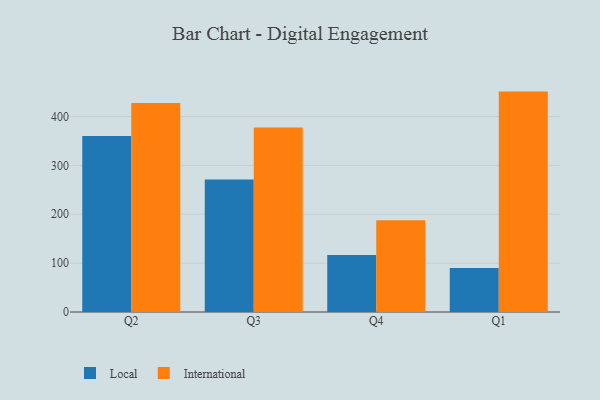
{"axis": {"x": "Quarter", "y": "Energy Usage (MWh)"}, "legend": ["International", "Local"], "data": [{"x": "Q2", "y": 360.2, "type": "Local"}, {"x": "Q2", "y": 427.9, "type": "International"}, {"x": "Q3", "y": 271.1, "type": "Local"}, {"x": "Q3", "y": 377.4, "type": "International"}, {"x": "Q4", "y": 116.7, "type": "Local"}, {"x": "Q4", "y": 187.8, "type": "International"}, {"x": "Q1", "y": 90.2, "type": "Local"}, {"x": "Q1", "y": 451.1, "type": "International"}]}